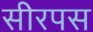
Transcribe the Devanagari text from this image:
सीरपस